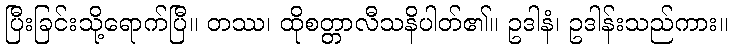
ပြီးခြင်းသို့ရောက်ပြီ။ တဿ၊ ထိုစတ္တာလီသနိပါတ်၏။ ဥဒါနံ၊ ဥဒါန်းသည်ကား။